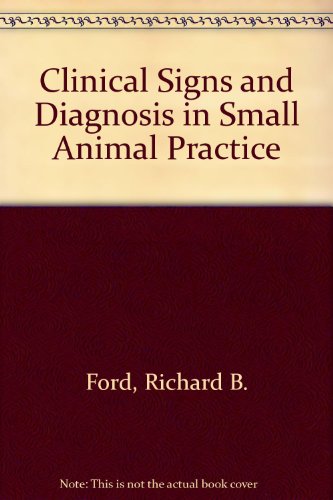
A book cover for Clinical Signs and Diagnosis in Small Animal Practice; Richard B. Ford; Medical Books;